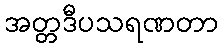
အတ္တဒီပသရဏတာ